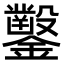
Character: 𨯳